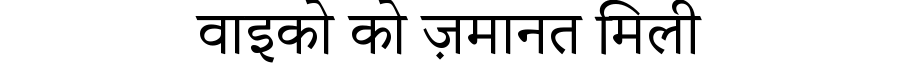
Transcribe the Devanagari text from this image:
वाइको को ज़मानत मिली